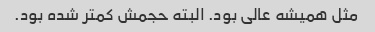
مثل همیشه عالی بود. البته حجمش کمتر شده بود.